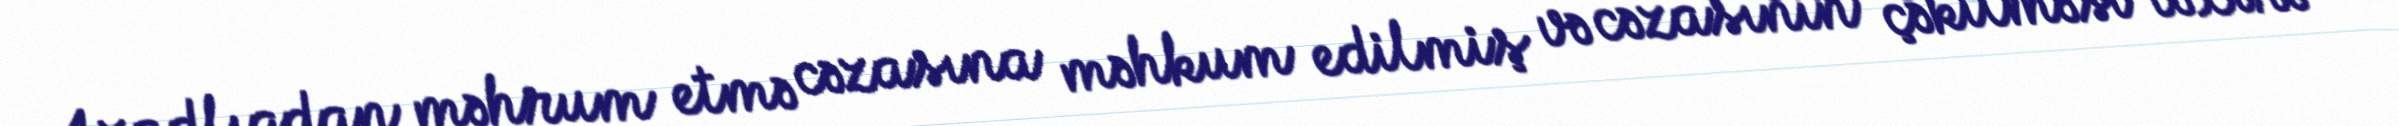
Azadlıqdan məhrum etmə cəzasına məhkum edilmiş və cəzasının çəkilməsi təxirə